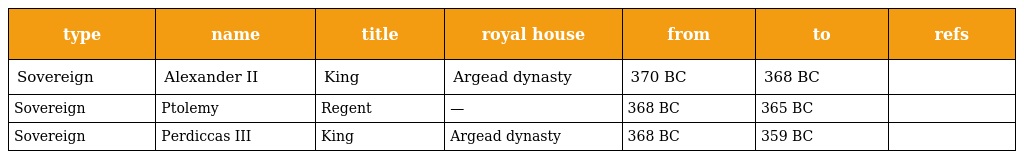
| type | name | title | royal house | from | to | refs |
 | --- | --- | --- | --- | --- | --- | --- |
 | Sovereign | Alexander II | King | Argead dynasty | 370 BC | 368 BC |  |
 | Sovereign | Ptolemy | Regent | — | 368 BC | 365 BC |  |
 | Sovereign | Perdiccas III | King | Argead dynasty | 368 BC | 359 BC |  |